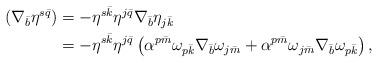
LaTeX: \begin{align*}\begin{aligned}(\nabla_{\bar{b}}\eta^{s\bar{q}}) &= - \eta^{s\bar{k}}\eta^{j\bar{q}}\nabla_{\bar{b}}\eta_{j\bar{k}}\\&= - \eta^{s\bar{k}}\eta^{j\bar{q}}\left(\alpha^{p\bar{m}}\omega_{p\bar{k}}\nabla_{\bar{b}}\omega_{j\bar{m}} + \alpha^{p\bar{m}}\omega_{j\bar{m}}\nabla_{\bar{b}}\omega_{p\bar{k}}\right),\end{aligned}\end{align*}